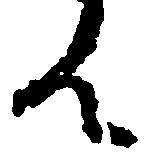
ん